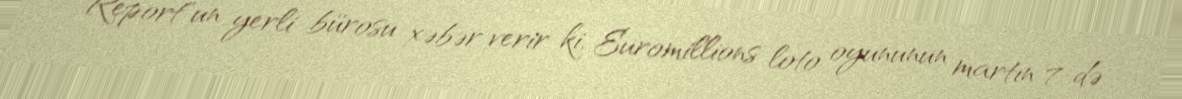
Report"un yerli bürosu xəbər verir ki, Euromillions loto oyununun martın 7-də